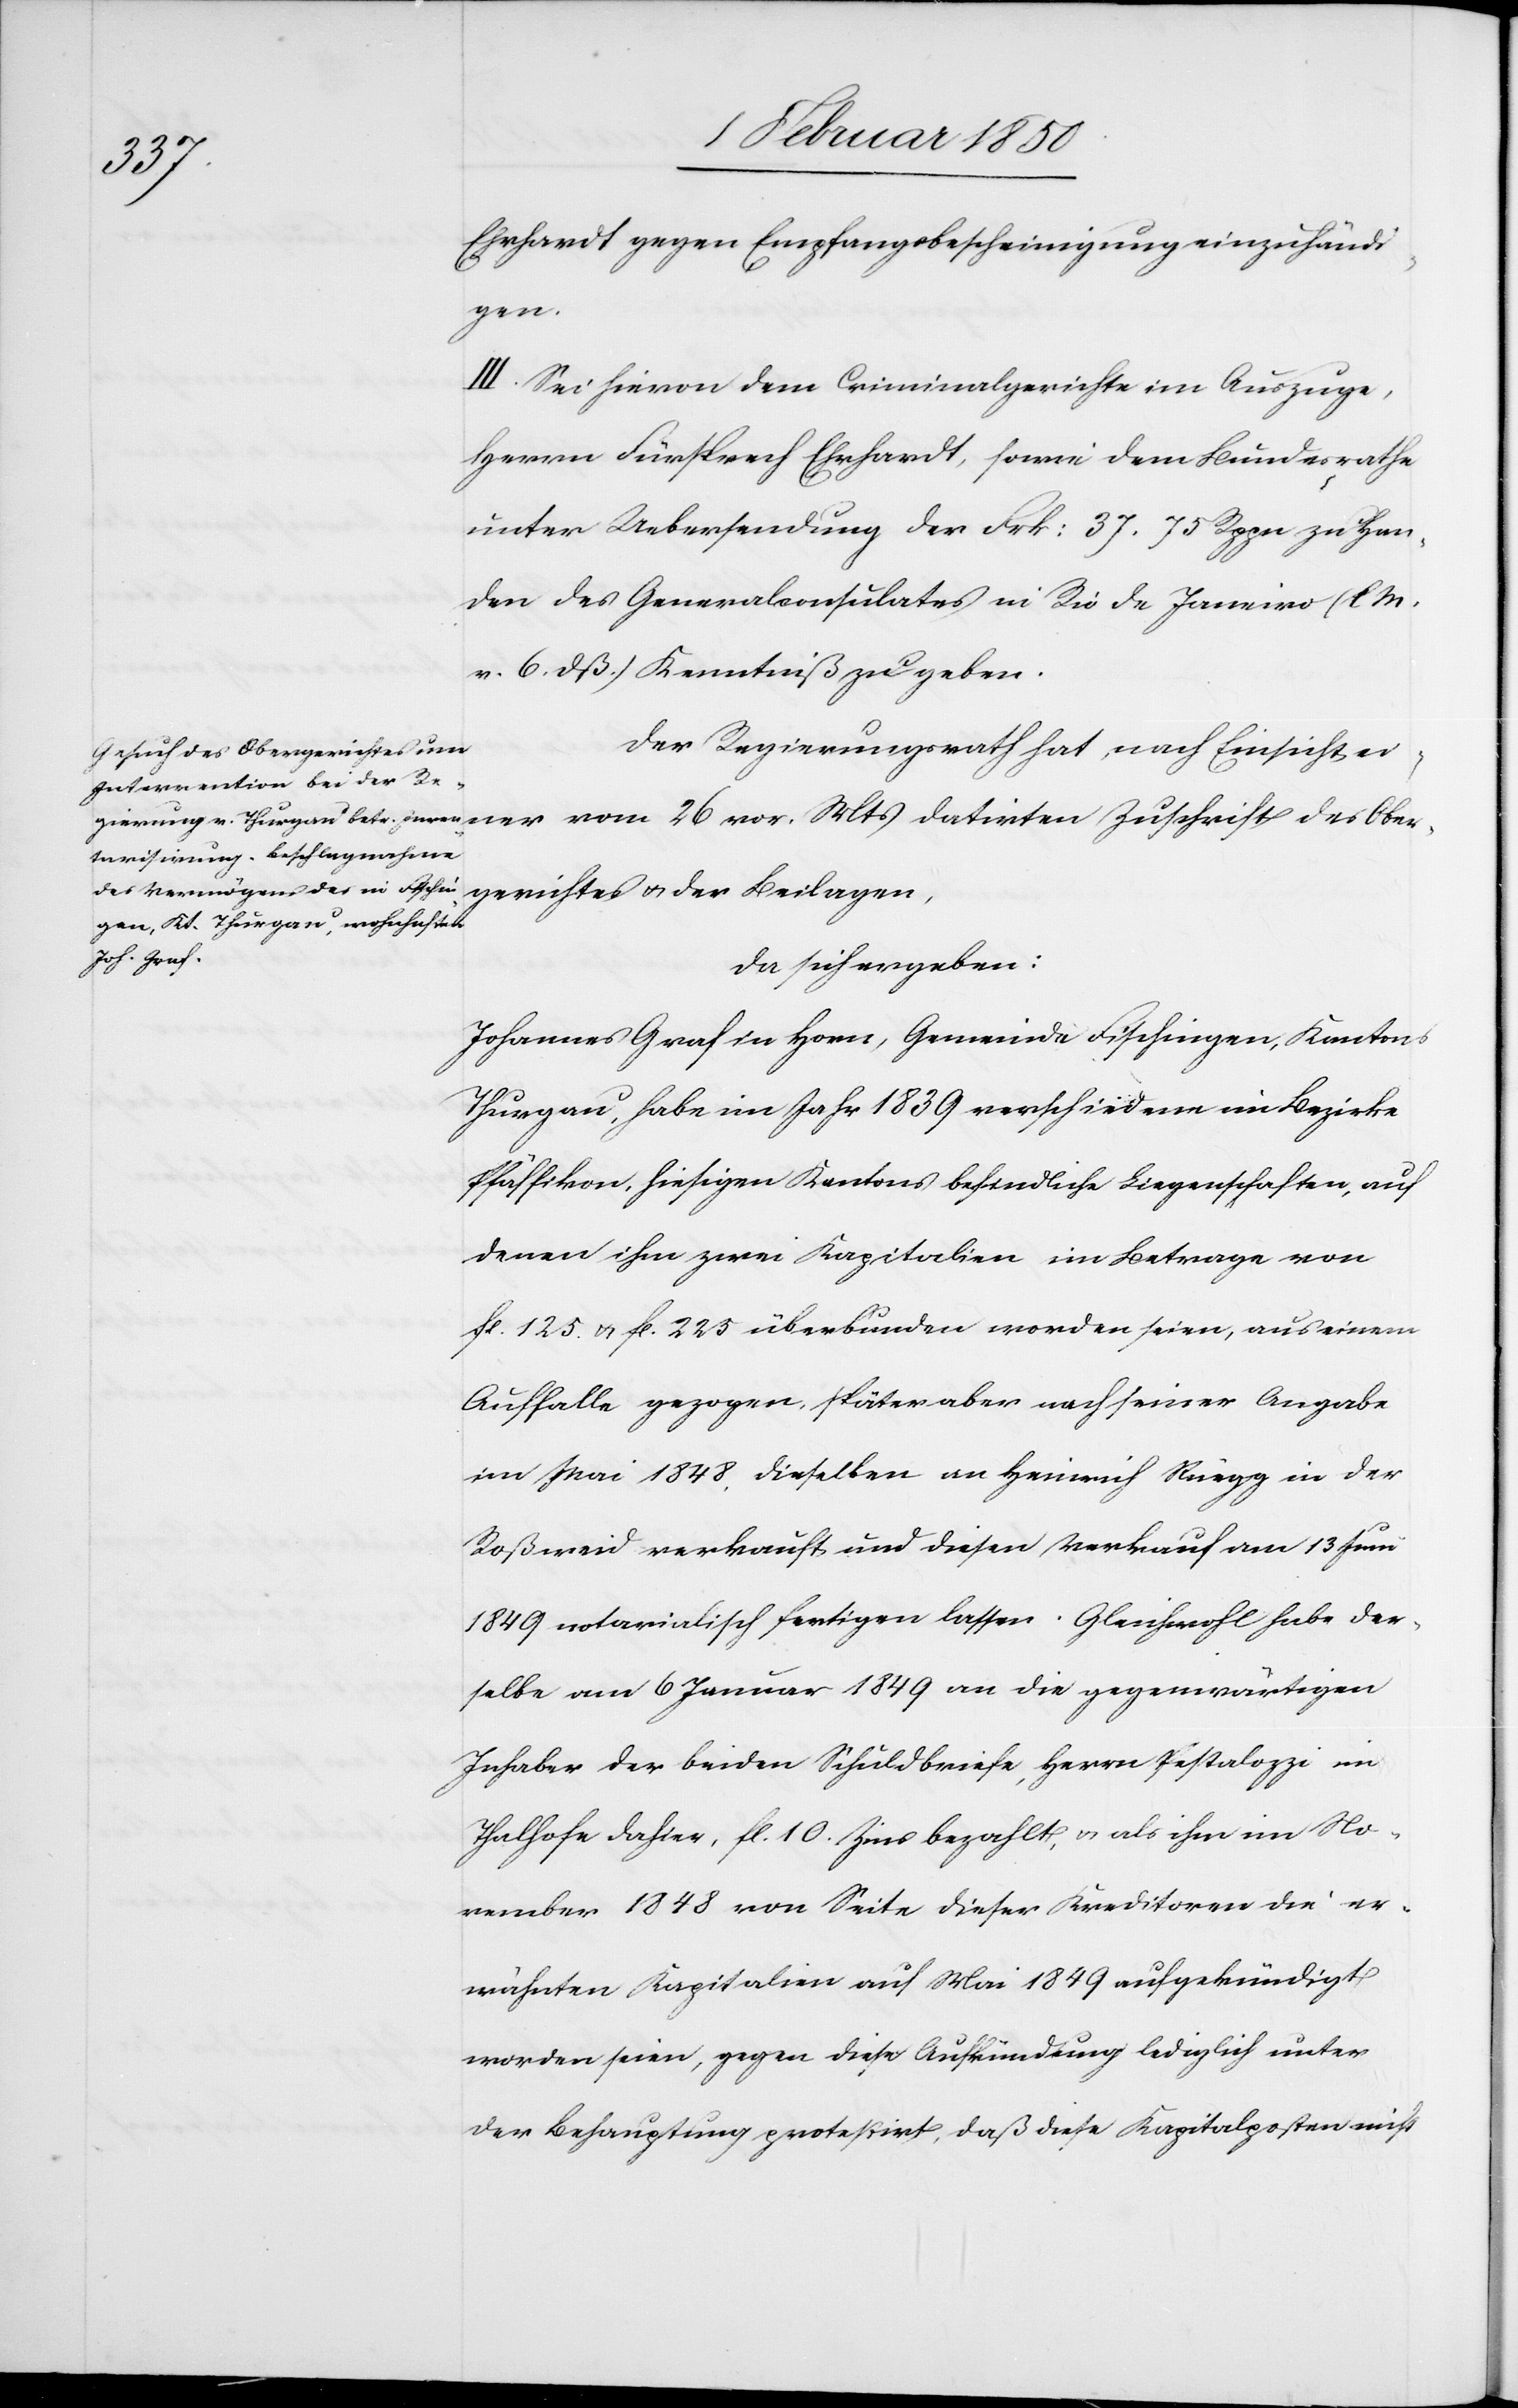
Ehrhardt gegen Empfangsbescheinigung einzuhändi¬
gen.
III. Sei hievon dem Criminalgerichte im Auszuge,
Herrn Fürsprech Ehrhardt, sowie dem Bundesrathe
unter Uebersendung der Frk: 37. 75 Rppn zu Han¬
den des Generalconsulates in Rio de Janeiro (l.
v. 6. dß.) Kenntniß zu geben.
Der Regierungsrath hat, nach Einsicht ei¬
Zuschrift des Obergerichtes u.
Beilagen,
da sich ergeben:
Johannes Graf in Horn, Gemeinde Fischingen, Kantons
Thurgau, habe im Jahr 1839 verschiedene im Bezirke
Pfäffikon, hiesigen Kantons befindliche Liegenschaften, auf
denen ihm zwei Kapitalien im Betrage von
fl. 123. u. fl. 225 überbunden worden seien, aus einem
Auffalle gezogen. Später aber nach seiner Angabe
im Mai 1848. Dieselben an Heinrich Rüegg in der
Roßweid verkauft und diesen Verkauf am 13 Juni
1849 notarialisch fertigen lassen. Gleichwohl habe der¬
selbe am 6 Januar 1849 an die gegenwärtigen
Inhaber der beiden Schuldbriefe, Herrn Pestalozzi im
Thalhofe dahier, fl. 10. Zins bezahlt, u. als ihm im No¬
vember 1848 von Seite dieser Kreditoren die er¬
wähnten Kapitalien auf Mai 1849 aufgekündigt
worden seien, gegen diese Aufkündung lediglich unter
der Behauptung protestirt, daß diese Kapitalposten nicht